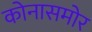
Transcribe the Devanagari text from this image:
कोनासमोर